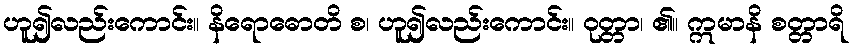
ဟူ၍လည်းကောင်း။ နိရောဓောတိ စ၊ ဟူ၍လည်းကောင်း။ ဝုတ္တာ၊ ၏။ ဣမာနိ စတ္တာရိ